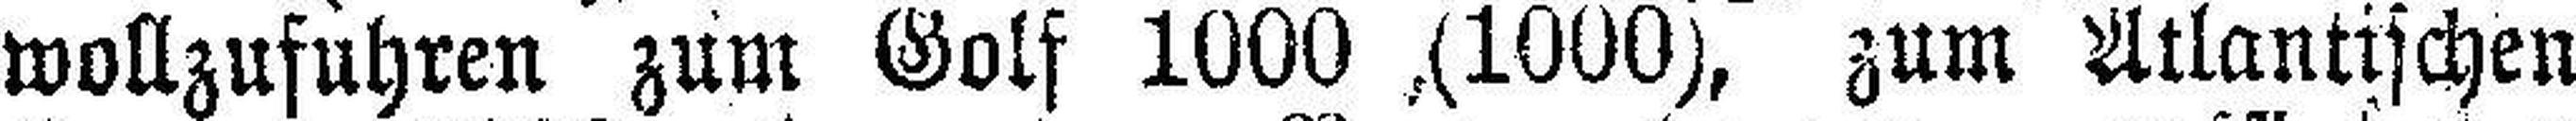
wollzufuhren zum Golf 1000 ,(1000), zum Atlantischen